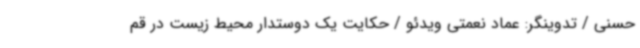
حسنی / تدوینگر: عماد نعمتی ویدئو / حکایت یک دوستدار محیط زیست در قم